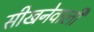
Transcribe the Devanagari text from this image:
सीखनेवाली